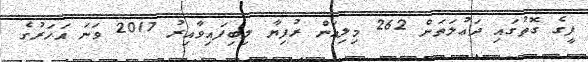
ފީގެ ގޮތުގައި ދަޢުލަތަށް 262 މިލިއަން ރުފިޔާ ލިބިފައިވާއިރު 2017 ވަނަ އަހަރުގެ